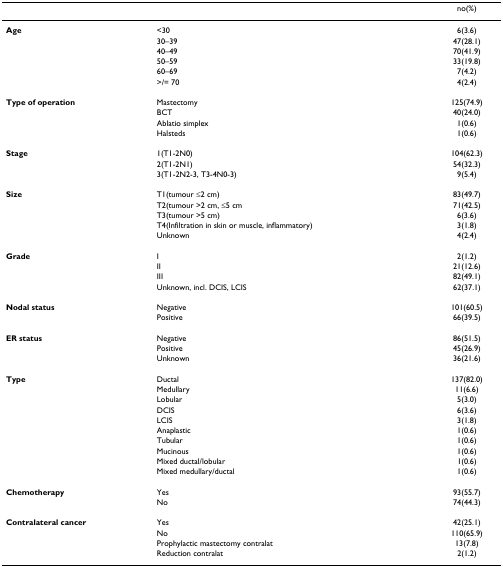
|  |  | no(%) |
 | --- | --- | --- |
 | Age | <30 | 6(3.6) |
 |  | 30–39 | 47(28.1) |
 |  | 40–49 | 70(41.9) |
 |  | 50–59 | 33(19.8) |
 |  | 60–69 | 7(4.2) |
 |  | >/= 70 | 4(2.4) |
 | Type of operation | Mastectomy | 125(74.9) |
 |  | BCT | 40(24.0) |
 |  | Ablatio simplex | 1(0.6) |
 |  | Halsteds | 1(0.6) |
 | Stage | 1(T1-2N0) | 104(62.3) |
 |  | 2(T1-2N1) | 54(32.3) |
 |  | 3(T1-2N2-3, T3-4N0-3) | 9(5.4) |
 | Size | T1(tumour ≤2 cm) | 83(49.7) |
 |  | T2(tumour >2 cm, ≤5 cm | 71(42.5) |
 |  | T3(tumour >5 cm) | 6(3.6) |
 |  | T4(Infiltration in skin or muscle, inflammatory) | 3(1.8) |
 |  | Unknown | 4(2.4) |
 | Grade | I | 2(1.2) |
 |  | II | 21(12.6) |
 |  | III | 82(49.1) |
 |  | Unknown, incl. DCIS, LCIS | 62(37.1) |
 | Nodal status | Negative | 101(60.5) |
 |  | Positive | 66(39.5) |
 | ER status | Negative | 86(51.5) |
 |  | Positive | 45(26.9) |
 |  | Unknown | 36(21.6) |
 | Type | Ductal | 137(82.0) |
 |  | Medullary | 11(6.6) |
 |  | Lobular | 5(3.0) |
 |  | DCIS | 6(3.6) |
 |  | LCIS | 3(1.8) |
 |  | Anaplastic | 1(0.6) |
 |  | Tubular | 1(0.6) |
 |  | Mucinous | 1(0.6) |
 |  | Mixed ductal/lobular | 1(0.6) |
 |  | Mixed medullary/ductal | 1(0.6) |
 | Chemotherapy | Yes | 93(55.7) |
 |  | No | 74(44.3) |
 | Contralateral cancer | Yes | 42(25.1) |
 |  | No | 110(65.9) |
 |  | Prophylactic mastectomy contralat | 13(7.8) |
 |  | Reduction contralat | 2(1.2) |